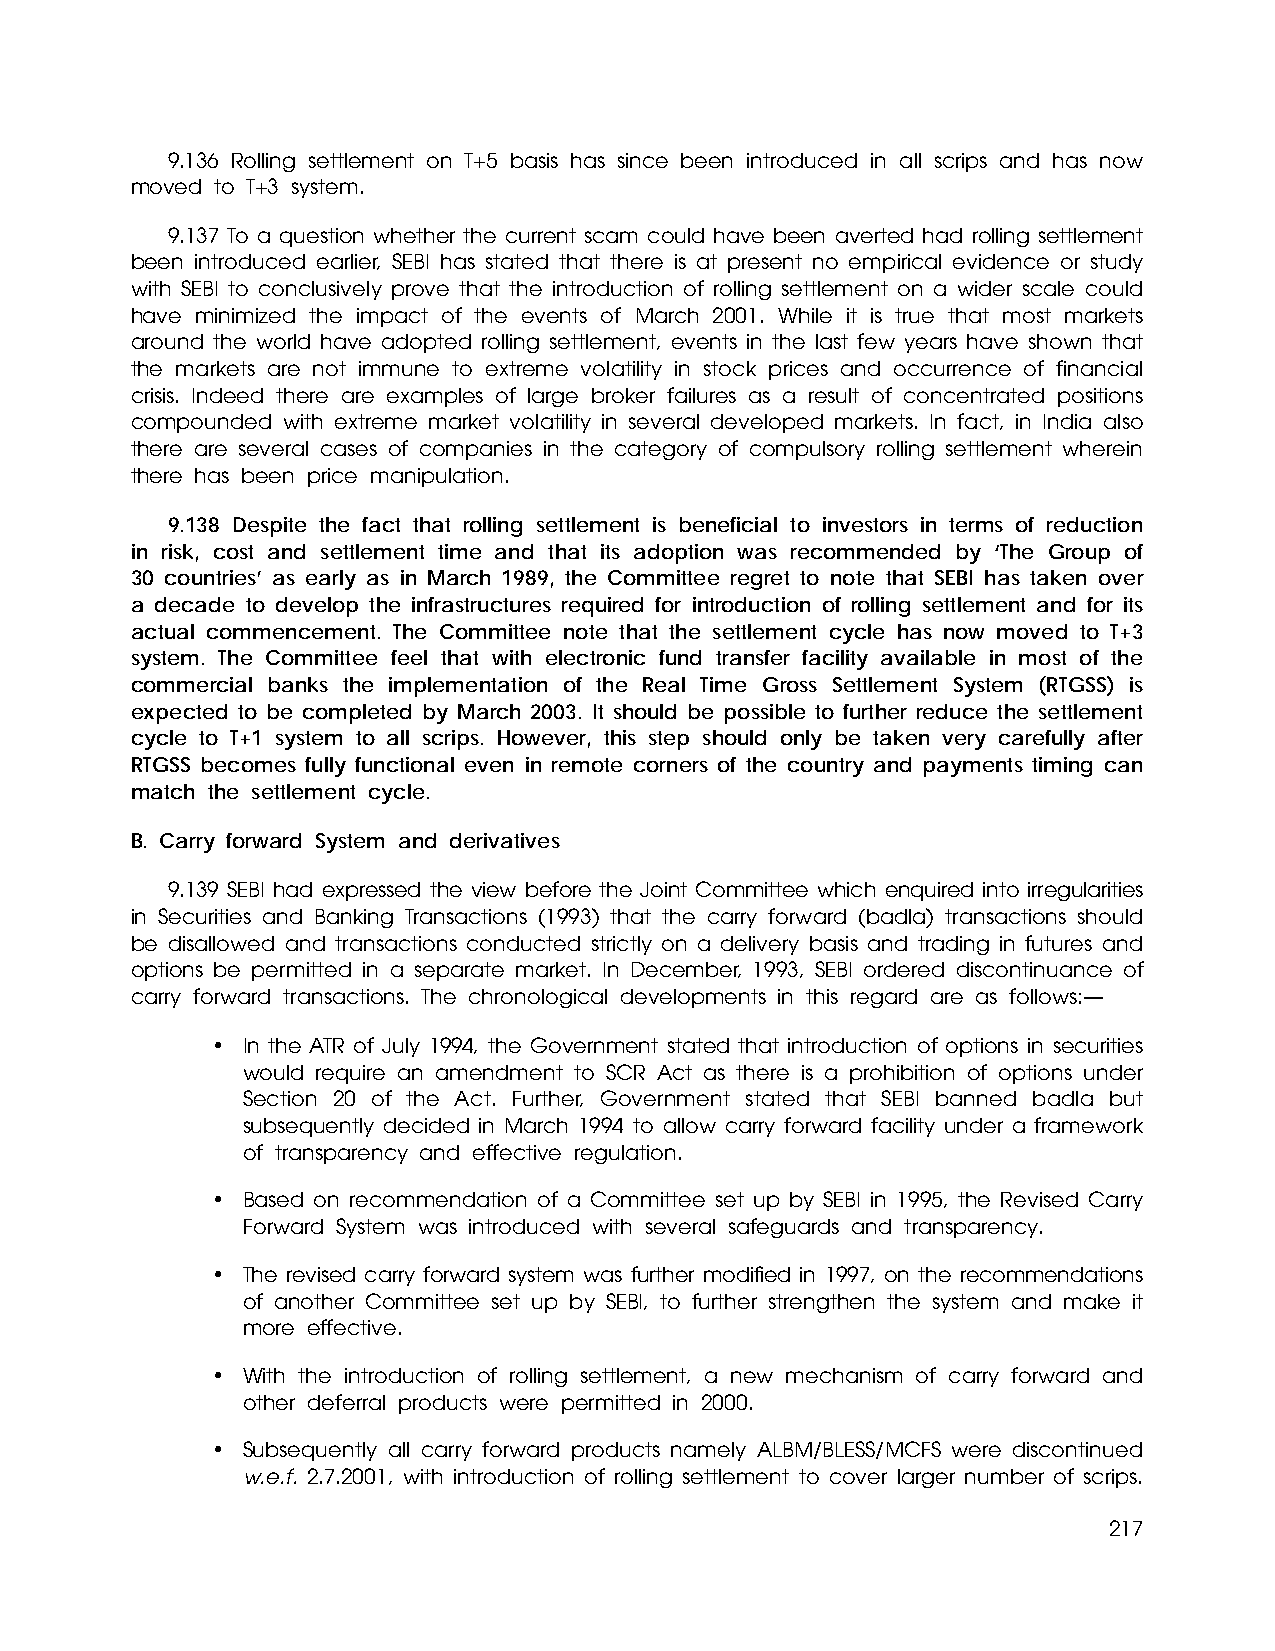
9.136 Rolling settlement on T+5 basis has since been introduced in all scrips and has now
 moved to T+3 system.
 9.137 To a question whether the current scam could have been averted had rolling settlement
 been introduced earlier, SEBI has stated that there is at present no empirical evidence or study
 with SEBI to conclusively prove that the introduction of rolling settlement on a wider scale could
 have minimized the impact of the events of March 2001. While it is true that most markets
 around the world have adopted rolling settlement, events in the last few years have shown that
 the markets are not immune to extreme volatility in stock prices and occurrence of financial
 crisis. Indeed there are examples of large broker failures as a result of concentrated positions
 compounded with extreme market volatility in several developed markets. In fact, in India also
 there are several cases of companies in the category of compulsory rolling settlement wherein
 there has been price manipulation.
 9.138 Despite the fact that rolling settlement is beneficial to investors in terms of reduction
 in risk, cost and settlement time and that its adoption was recommended by ‘The Group of
 30 countries’ as early as in March 1989, the Committee regret to note that SEBI has taken over
 a decade to develop the infrastructures required for introduction of rolling settlement and for its
 actual commencement. The Committee note that the settlement cycle has now moved to T+3
 system. The Committee feel that with electronic fund transfer facility available in most of the
 commercial banks the implementation of the Real Time Gross Settlement System (RTGSS) is
 expected to be completed by March 2003. It should be possible to further reduce the settlement
 cycle to T+1 system to all scrips. However, this step should only be taken very carefully after
 RTGSS becomes fully functional even in remote corners of the country and payments timing can
 match the settlement cycle.
 B. Carry forward System and derivatives
 9.139 SEBI had expressed the view before the Joint Committee which enquired into irregularities
 in Securities and Banking Transactions (1993) that the carry forward (badla) transactions should
 be disallowed and transactions conducted strictly on a delivery basis and trading in futures and
 options be permitted in a separate market. In December, 1993, SEBI ordered discontinuance of
 carry forward transactions. The chronological developments in this regard are as follows:—
 • In the ATR of July 1994, the Government stated that introduction of options in securities
 would require an amendment to SCR Act as there is a prohibition of options under
 Section 20 of the Act. Further, Government stated that SEBI banned badla but
 subsequently decided in March 1994 to allow carry forward facility under a framework
 of transparency and effective regulation.
 • Based on recommendation of a Committee set up by SEBI in 1995, the Revised Carry
 Forward System was introduced with several safeguards and transparency.
 • The revised carry forward system was further modified in 1997, on the recommendations
 of another Committee set up by SEBI, to further strengthen the system and make it
 more effective.
 • With the introduction of rolling settlement, a new mechanism of carry forward and
 other deferral products were permitted in 2000.
 • Subsequently all carry forward products namely ALBM/BLESS/MCFS were discontinued
 w.e.f. 2.7.2001, with introduction of rolling settlement to cover larger number of scrips.
 217